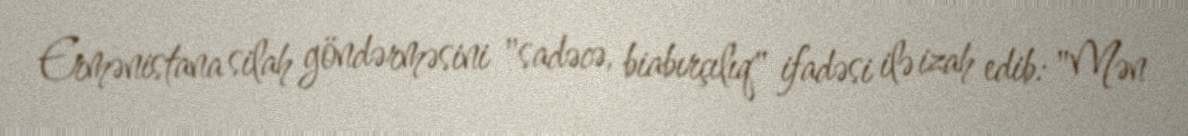
Ermənistana silah göndərməsini "sadəcə, biabırçılıq" ifadəsi ilə izah edib: "Mən